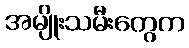
အမျိုးသမီးတွေက